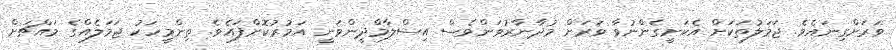
ވަރަށްގިނައެވެ. ޖަމަލުތަކަށް އެކަށީގެންނުވާ ވަރަށް މުދާނާރުވަންވެސް އިސްލާމްދީންވަނީ އަމުރުކޮށްފައެވެ. ތިންމީހަކު ޖަމަލެއްގެ މައްޗަށް